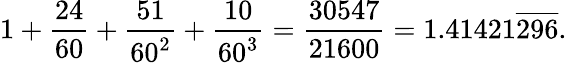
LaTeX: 1+{\frac{24}{60}}+{\frac{51}{60^{2}}}+{\frac{10}{60^{3}}}={\frac{30547}{21600}}=1.41421{\overline{{296}}}.